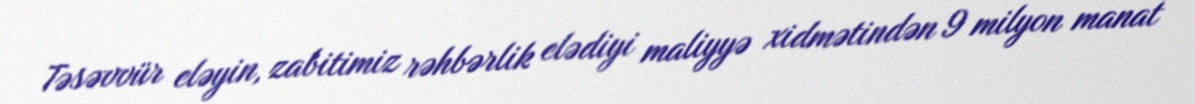
Təsəvvür eləyin, zabitimiz rəhbərlik elədiyi maliyyə xidmətindən 9 milyon manat